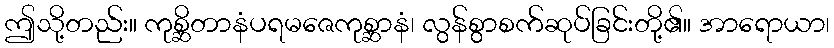
ဤသို့တည်း။ ကုစ္ဆိတာနံပရမဇေကုစ္ဆာနံ၊ လွန်စွာစက်ဆုပ်ခြင်းတို့၏။ အာရောယာ၊